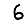
Digit: 6